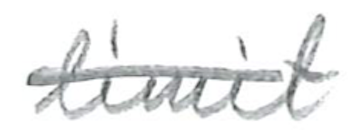
Text: limit
Cross-out: single-line
Writing tool: pencil